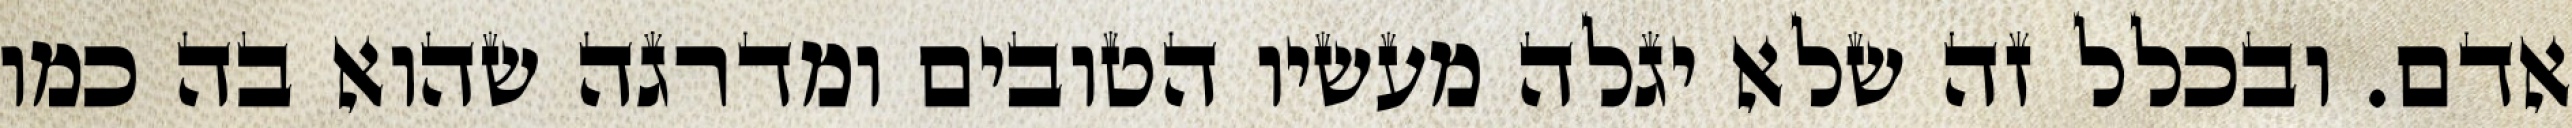
אדם. ובכלל זה שלא יגלה מעשיו הטובים ומדרגה שהוא בה כמו